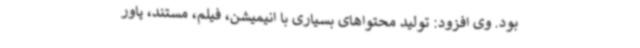
بود. وی افزود: تولید محتواهای بسیاری با انیمیشن، فیلم، مستند، پاور